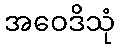
အဝေဒိသုံ